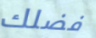
فضلك